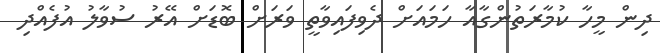
ދިން މީހާ ކުމާރަތުންގާއާ ހަމައަށް ދެވިފައިވާތީ ވަރަށް ބޮޑަށް އޭރު ސުވާލު އުފެއްދި